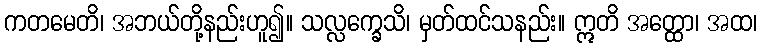
ကတမေတိ၊ အဘယ်တို့နည်းဟူ၍။ သလ္လက္ခေသိ၊ မှတ်ထင်သနည်း။ ဣတိ အတ္ထော၊ အထ၊